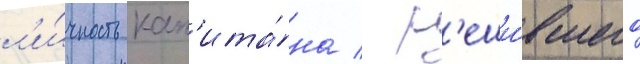
л'и́чность кап'ита́на / р'еши́вшего